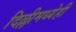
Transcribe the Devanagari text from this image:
दिल्लीमध्येही